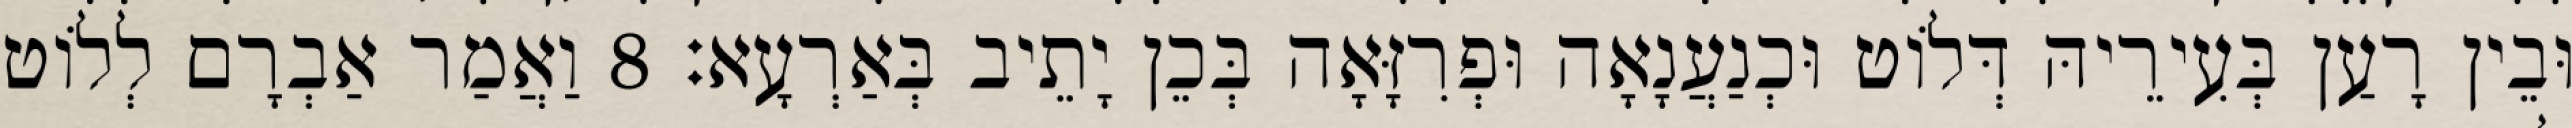
וּבֵין רָעַן בְּעִירֵיהּ דְּלוֹט וּכְנַעֲנָאָה וּפְרִזָּאָה בְּכֵן יָתֵיב בְּאַרְעָא׃ 8 וַאֲמַר אַבְרָם לְלוֹט